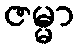
ဇမ္မာ